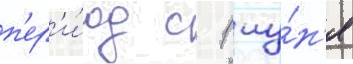
п'ер'и́од с 1 иу́н'я